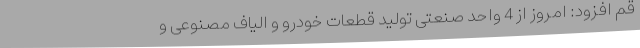
قم افزود: امروز از 4 واحد صنعتی تولید قطعات خودرو و الیاف مصنوعی و